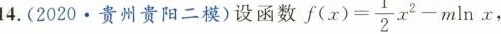
14.(2020﹒贵州贵阳二模)设函数$$f ( x ) = \frac { 1 } { 2 } x ^ { 2 } - m \ln x$$，